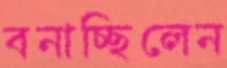
বনাচ্ছিলেন